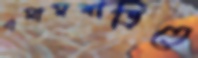
এমামবাড়িতে